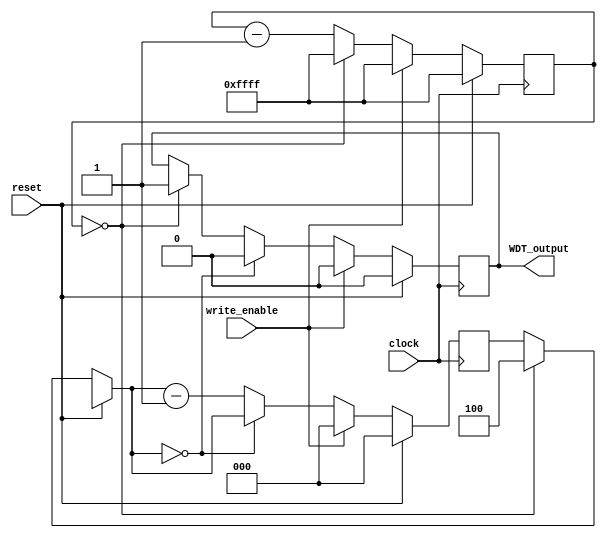
`timescale 1ns / 1ps
//////////////////////////////////////////////////////////////////////////////////
// Company: 
// Engineer: 
// 
// Design Name: 
// Module Name: watchdog
// Project Name: 
// Target Devices: 
// Tool Versions: 
// Description: 
// 
// Dependencies: 
// 
// Revision:
// Revision 0.01 - File Created
// Additional Comments:
// 
//////////////////////////////////////////////////////////////////////////////////


module watchdog(
    input clock,
    input reset,
    input write_enable,                 // 
    output reg WDT_output               // CPU
    );
    reg[15:0]   counter;                //
    reg[2:0]    mini_cnt;               //4
    always @(posedge clock) begin
        if (reset == 1) begin
            counter = 16'hFFFF;
            mini_cnt = 3'b000;
            WDT_output = 1'b0;
        end else begin
            if (counter == 16'd0) begin //0
                counter = 16'hFFFF;
                mini_cnt = 3'b100;      // CPU  4  RESET 
                WDT_output = 1'b1;
            end else
                counter = counter - 1'b1;
            if (mini_cnt == 3'b000)
                WDT_output = 1'b0;
            else
                mini_cnt = mini_cnt - 1'b1;
            if (write_enable) begin
                counter = 16'hFFFF;
                mini_cnt = 3'b000;
                WDT_output = 1'b0;
            end
        end
    end
endmodule